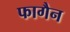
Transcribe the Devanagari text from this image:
फागैन